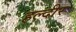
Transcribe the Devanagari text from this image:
हल्दीर